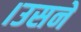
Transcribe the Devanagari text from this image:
।उसने